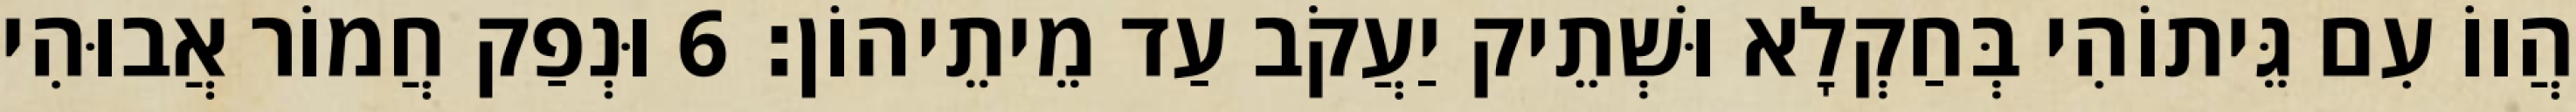
הֲווֹ עִם גֵּיתוֹהִי בְּחַקְלָא וּשְׁתֵיק יַעֲקֹב עַד מֵיתֵיהוֹן׃ 6 וּנְפַק חֲמוֹר אֲבוּהִי